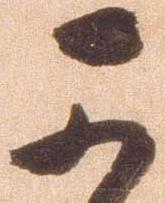
可